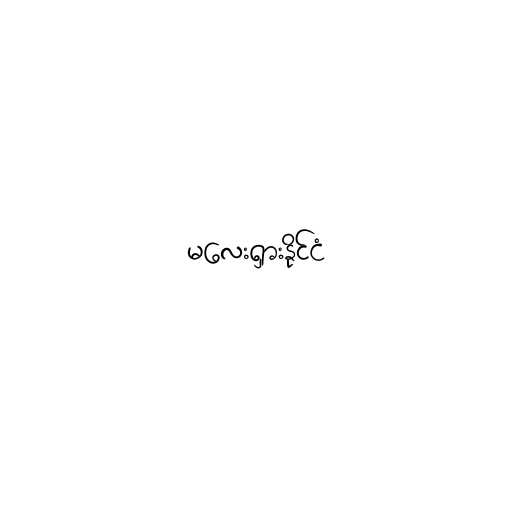
မလေးရှားနိုင်ငံ